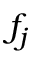
f _ { j }